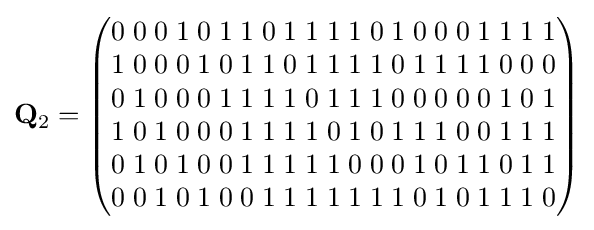
\mathbf {Q} _{2}={\begin{pmatrix}0\;0\;0\;1\;0\;1\;1\;0\;1\;1\;1\;1\;0\;1\;0\;0\;0\;1\;1\;1\;1\\1\;0\;0\;0\;1\;0\;1\;1\;0\;1\;1\;1\;1\;0\;1\;1\;1\;1\;0\;0\;0\\0\;1\;0\;0\;0\;1\;1\;1\;1\;0\;1\;1\;1\;0\;0\;0\;0\;0\;1\;0\;1\\1\;0\;1\;0\;0\;0\;1\;1\;1\;1\;0\;1\;0\;1\;1\;1\;0\;0\;1\;1\;1\\0\;1\;0\;1\;0\;0\;1\;1\;1\;1\;1\;0\;0\;0\;1\;0\;1\;1\;0\;1\;1\\0\;0\;1\;0\;1\;0\;0\;1\;1\;1\;1\;1\;1\;1\;0\;1\;0\;1\;1\;1\;0\end{pmatrix}}